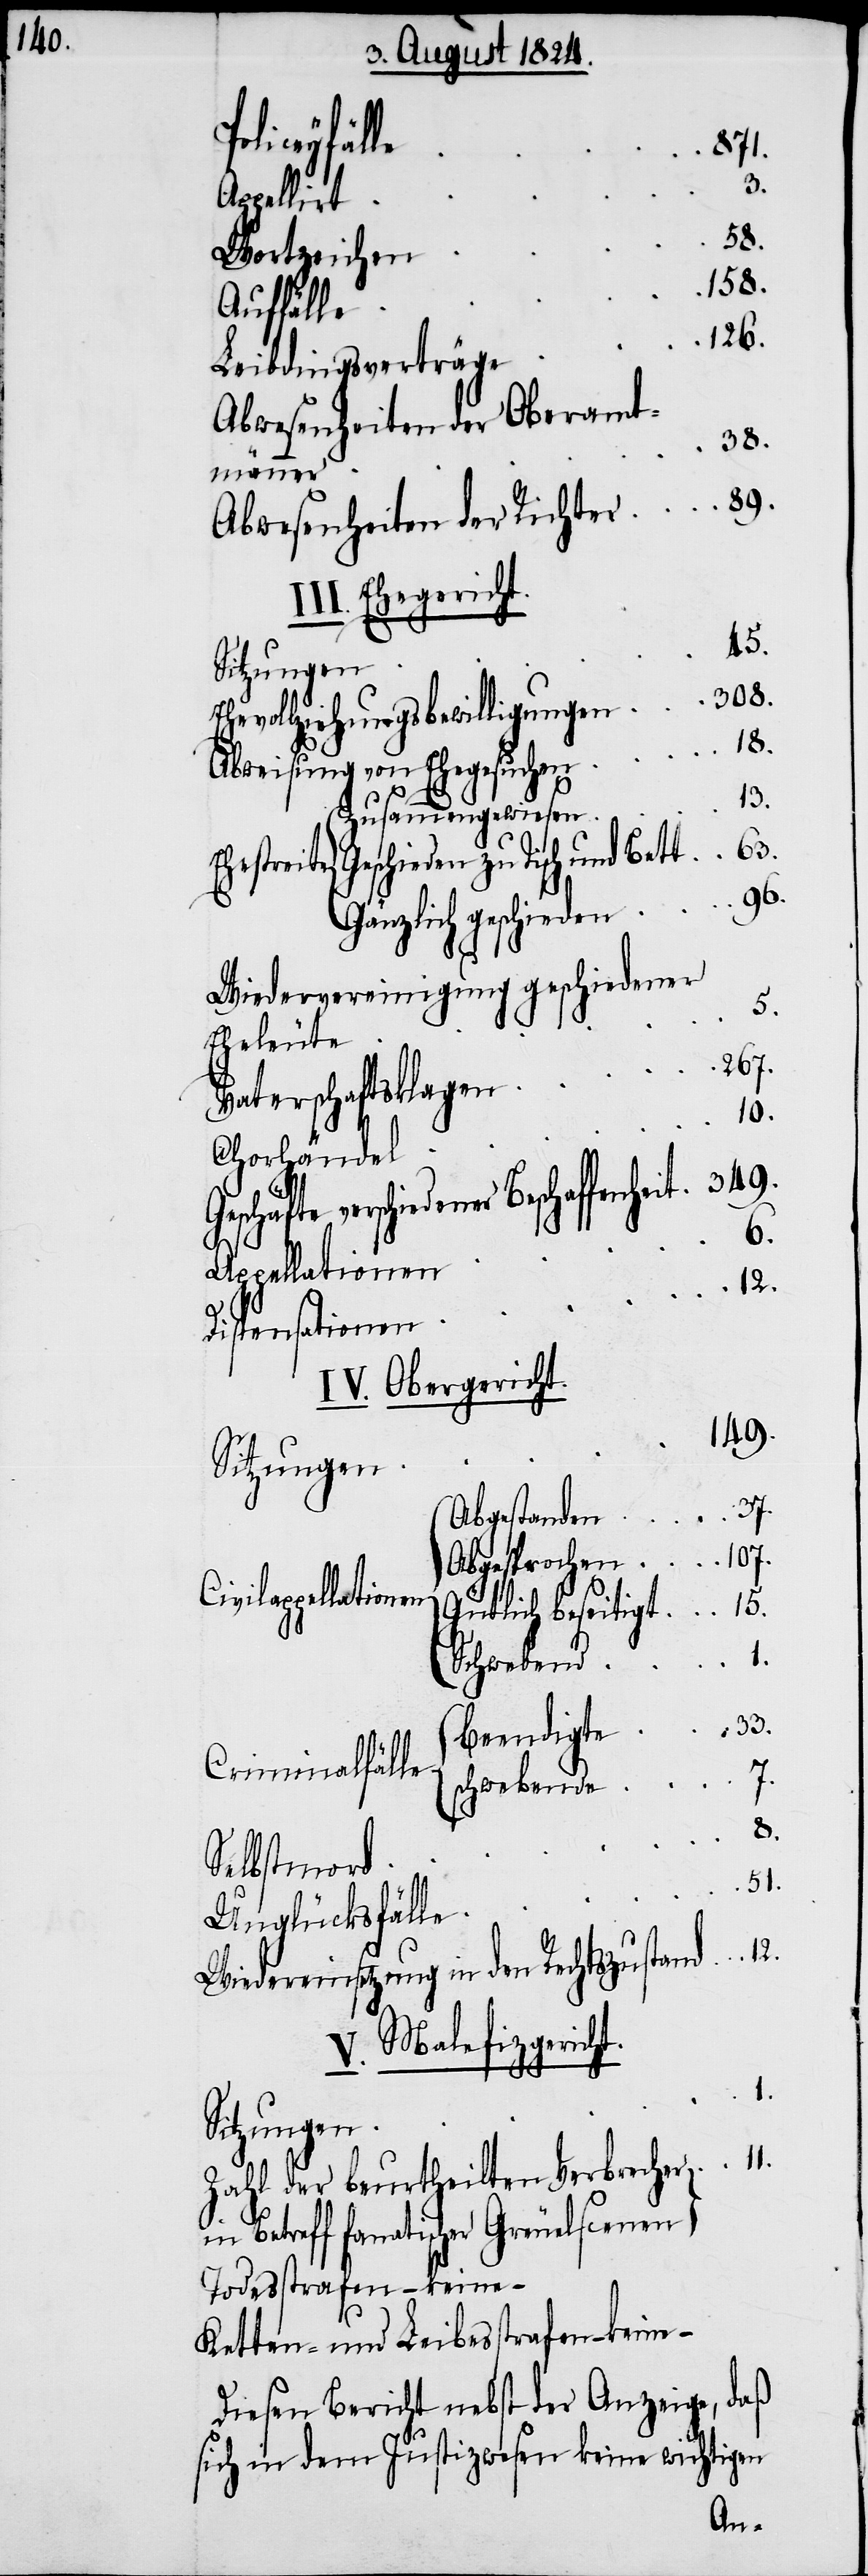
Civil¬
871.
Appellirt
38.
Wortzeichen
158.
Auffälle
126.
Leibdingsverträge
Abwesenheiten der Oberamt¬
33.
männer
89.
Abwesenheiten der Richter
II. Ehegericht.
45.
Sitzungen
308.
Ehevollziehungsbewilligungen
15.
Abweisung von Ehegesuchen
13.
Zusammengewiesen
63.
Geschieden zu Tisch und Bett
96.
Gänzlich geschieden
Wiedervereinigung geschiedener
5.
Eheleute
267.
Vaterschaftsklagen
10.
Chorhändel
verschiedener Beschaffenheit
6.
appellationen
Dispensationen
IV. Obergericht.
149.
37.
Abgestanden
107.
Abgesprochen
Gütlich beseitigt
Schwebend
Criminalfälle
7.
schwebende
Selbstmord
8.
Unglücksfälle
12.
51.
Wiedereinsetzung in den Rechtszustand
V. Malefizgericht.
1.
11.
Zahl der beurtheilten Verbrecher
in Betreff fanatischer Greuelscenen
Todesstrafen – keine –
Ketten- und Leibesstrafen – keine –
Diesen Bericht nebst der Anzeige, daß
sich in dem Justizwesen keine wichtigen